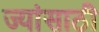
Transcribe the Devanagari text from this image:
ज्यांसाठी